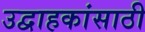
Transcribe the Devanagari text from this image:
उद्वाहकांसाठी